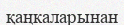
қаңкаларынан